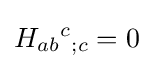
H_{ab}{}^{c}{}_{;c}=0